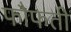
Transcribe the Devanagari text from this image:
फौफती